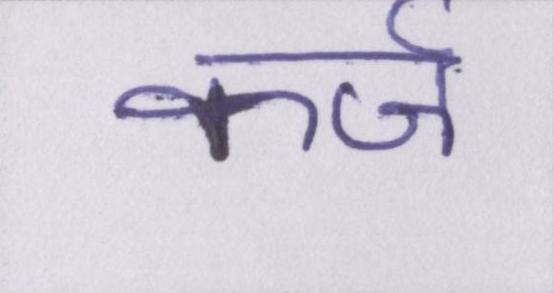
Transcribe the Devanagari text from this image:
कर्ज